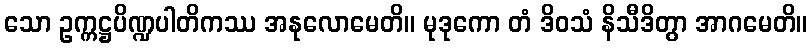
သော ဥက္ကဋ္ဌပိဏ္ဍပါတိကဿ အနုလောမေတိ။ မုဒုကော တံ ဒိဝသံ နိသီဒိတွာ အာဂမေတိ။